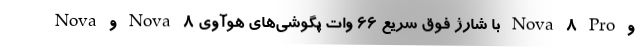
و Nova 8 Pro با شارژ فوق سریع ۶۶ وات پگوشی‌های هوآوی Nova 8 و Nova